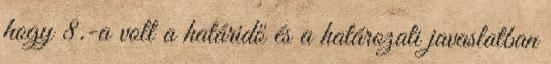
hogy 8.-a volt a határidő és a határozati javaslatban